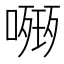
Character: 𭊧